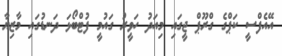
އޭއެފްސީ ކަޕްގެ ގްރޫޕް ޖީގައި މިއަދު ހަވީރު ގައުމީ ފުޓްބޯޅަ ދަނޑުގައި މާޒިޔާ